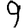
Digit: 9